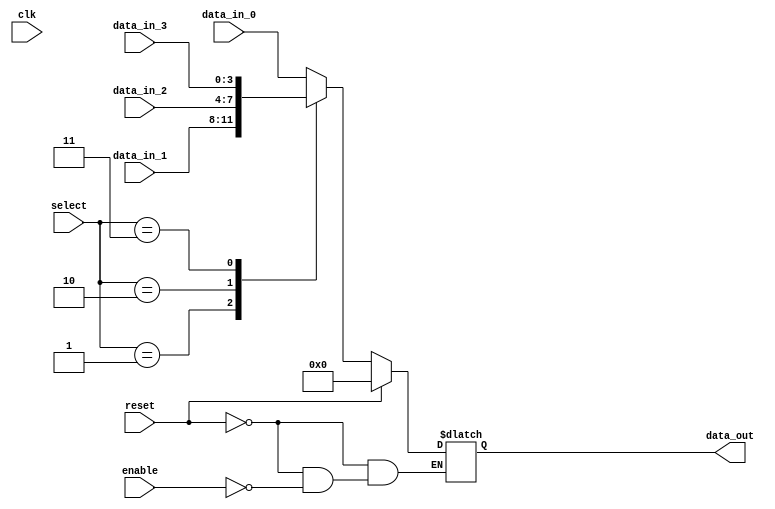
module ForwardingRegister (
    input wire [3:0] data_in_0, // Input data source 0
    input wire [3:0] data_in_1, // Input data source 1
    input wire [3:0] data_in_2, // Input data source 2
    input wire [3:0] data_in_3, // Input data source 3
    input wire [1:0] select,     // Select lines to choose input data source
    input wire clk,              // Clock signal
    input wire enable,           // Enable signal
    input wire reset,            // Asynchronous reset
    output reg [3:0] data_out    // Forwarded data output
);

// Asynchronous reset and synchronous capture
always @(*) begin
    if (reset)
        data_out = 4'b0; // Clear the output on reset
    else if (enable) begin
        case (select)
            2'b00: data_out = data_in_0; // Forward data from input 0
            2'b01: data_out = data_in_1; // Forward data from input 1
            2'b10: data_out = data_in_2; // Forward data from input 2
            2'b11: data_out = data_in_3; // Forward data from input 3
            default: data_out = 4'b0;     // Default case for safety
        endcase
    end
end

endmodule